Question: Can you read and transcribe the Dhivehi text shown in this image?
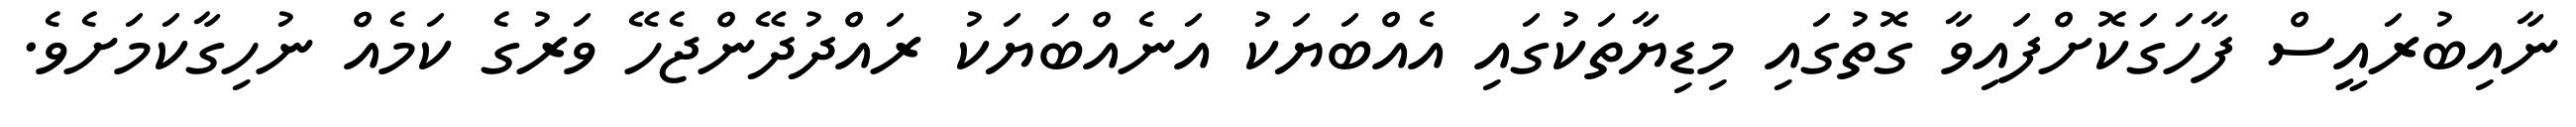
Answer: ނާއިބުރައީސް ފާހަގަކޮށްފައިވާ ގޮތުގައި މިޑިޔާތަކުގައި އެއްބަޔަކު އަނެއްބަޔަކު ރައްދުދޭންޖެހޭ ވަރުގެ ކަމެއް ނުހިގާކަމަށެވެ.